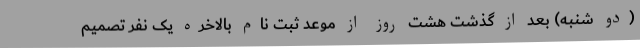
(دو شنبه) بعد از گذشت هشت روز از موعد ثبت نام بالاخره یک نفر تصمیم